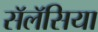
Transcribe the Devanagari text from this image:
सॅलॅसिया